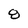
Character: 8